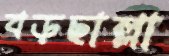
বড়ছাল্লা